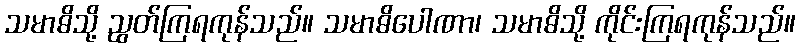
သမာဓိသို့ ညွတ်ကြရကုန်သည်။ သမာဓိပေါဏာ၊ သမာဓိသို့ ကိုင်းကြရကုန်သည်။